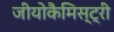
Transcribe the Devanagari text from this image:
जीयोकैमिस्ट्री